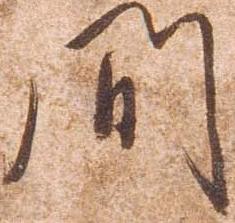
間